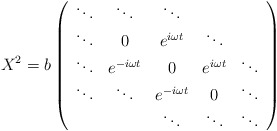
\begin{align*}X^2 = b \left(\begin{array}{ccccc}\ddots & \ddots & \ddots & &\\\ddots & 0 & e^{i \omega t} &\ddots &\\\ddots & e^{-i \omega t} & 0 & e^{i \omega t} & \ddots\\ \ddots & \ddots & e^{-i \omega t} & 0 & \ddots\\& & \ddots & \ddots & \ddots\end{array}\right)\end{align*}